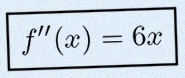
f''(x)=6x